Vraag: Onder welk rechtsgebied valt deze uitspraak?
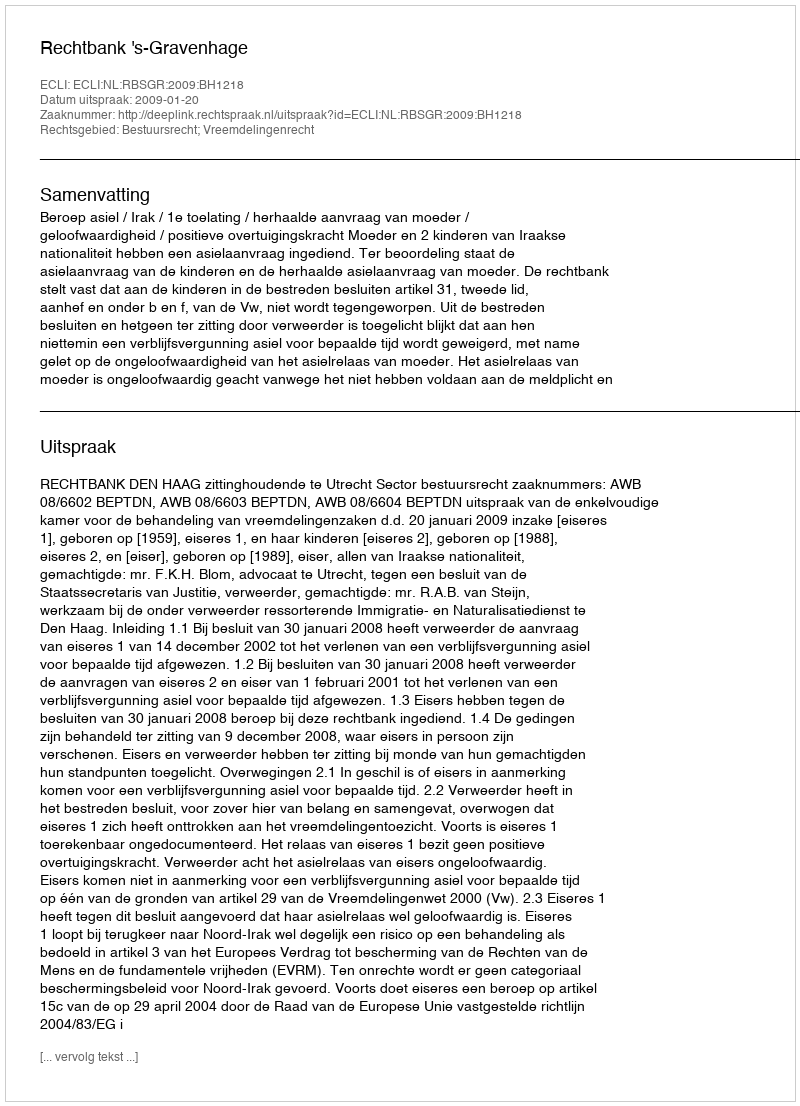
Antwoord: Bestuursrecht; Vreemdelingenrecht